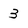
Character: 3